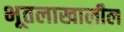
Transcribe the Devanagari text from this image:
भूतलाखालील